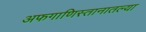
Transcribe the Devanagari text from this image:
अफगाणिस्तानातल्या